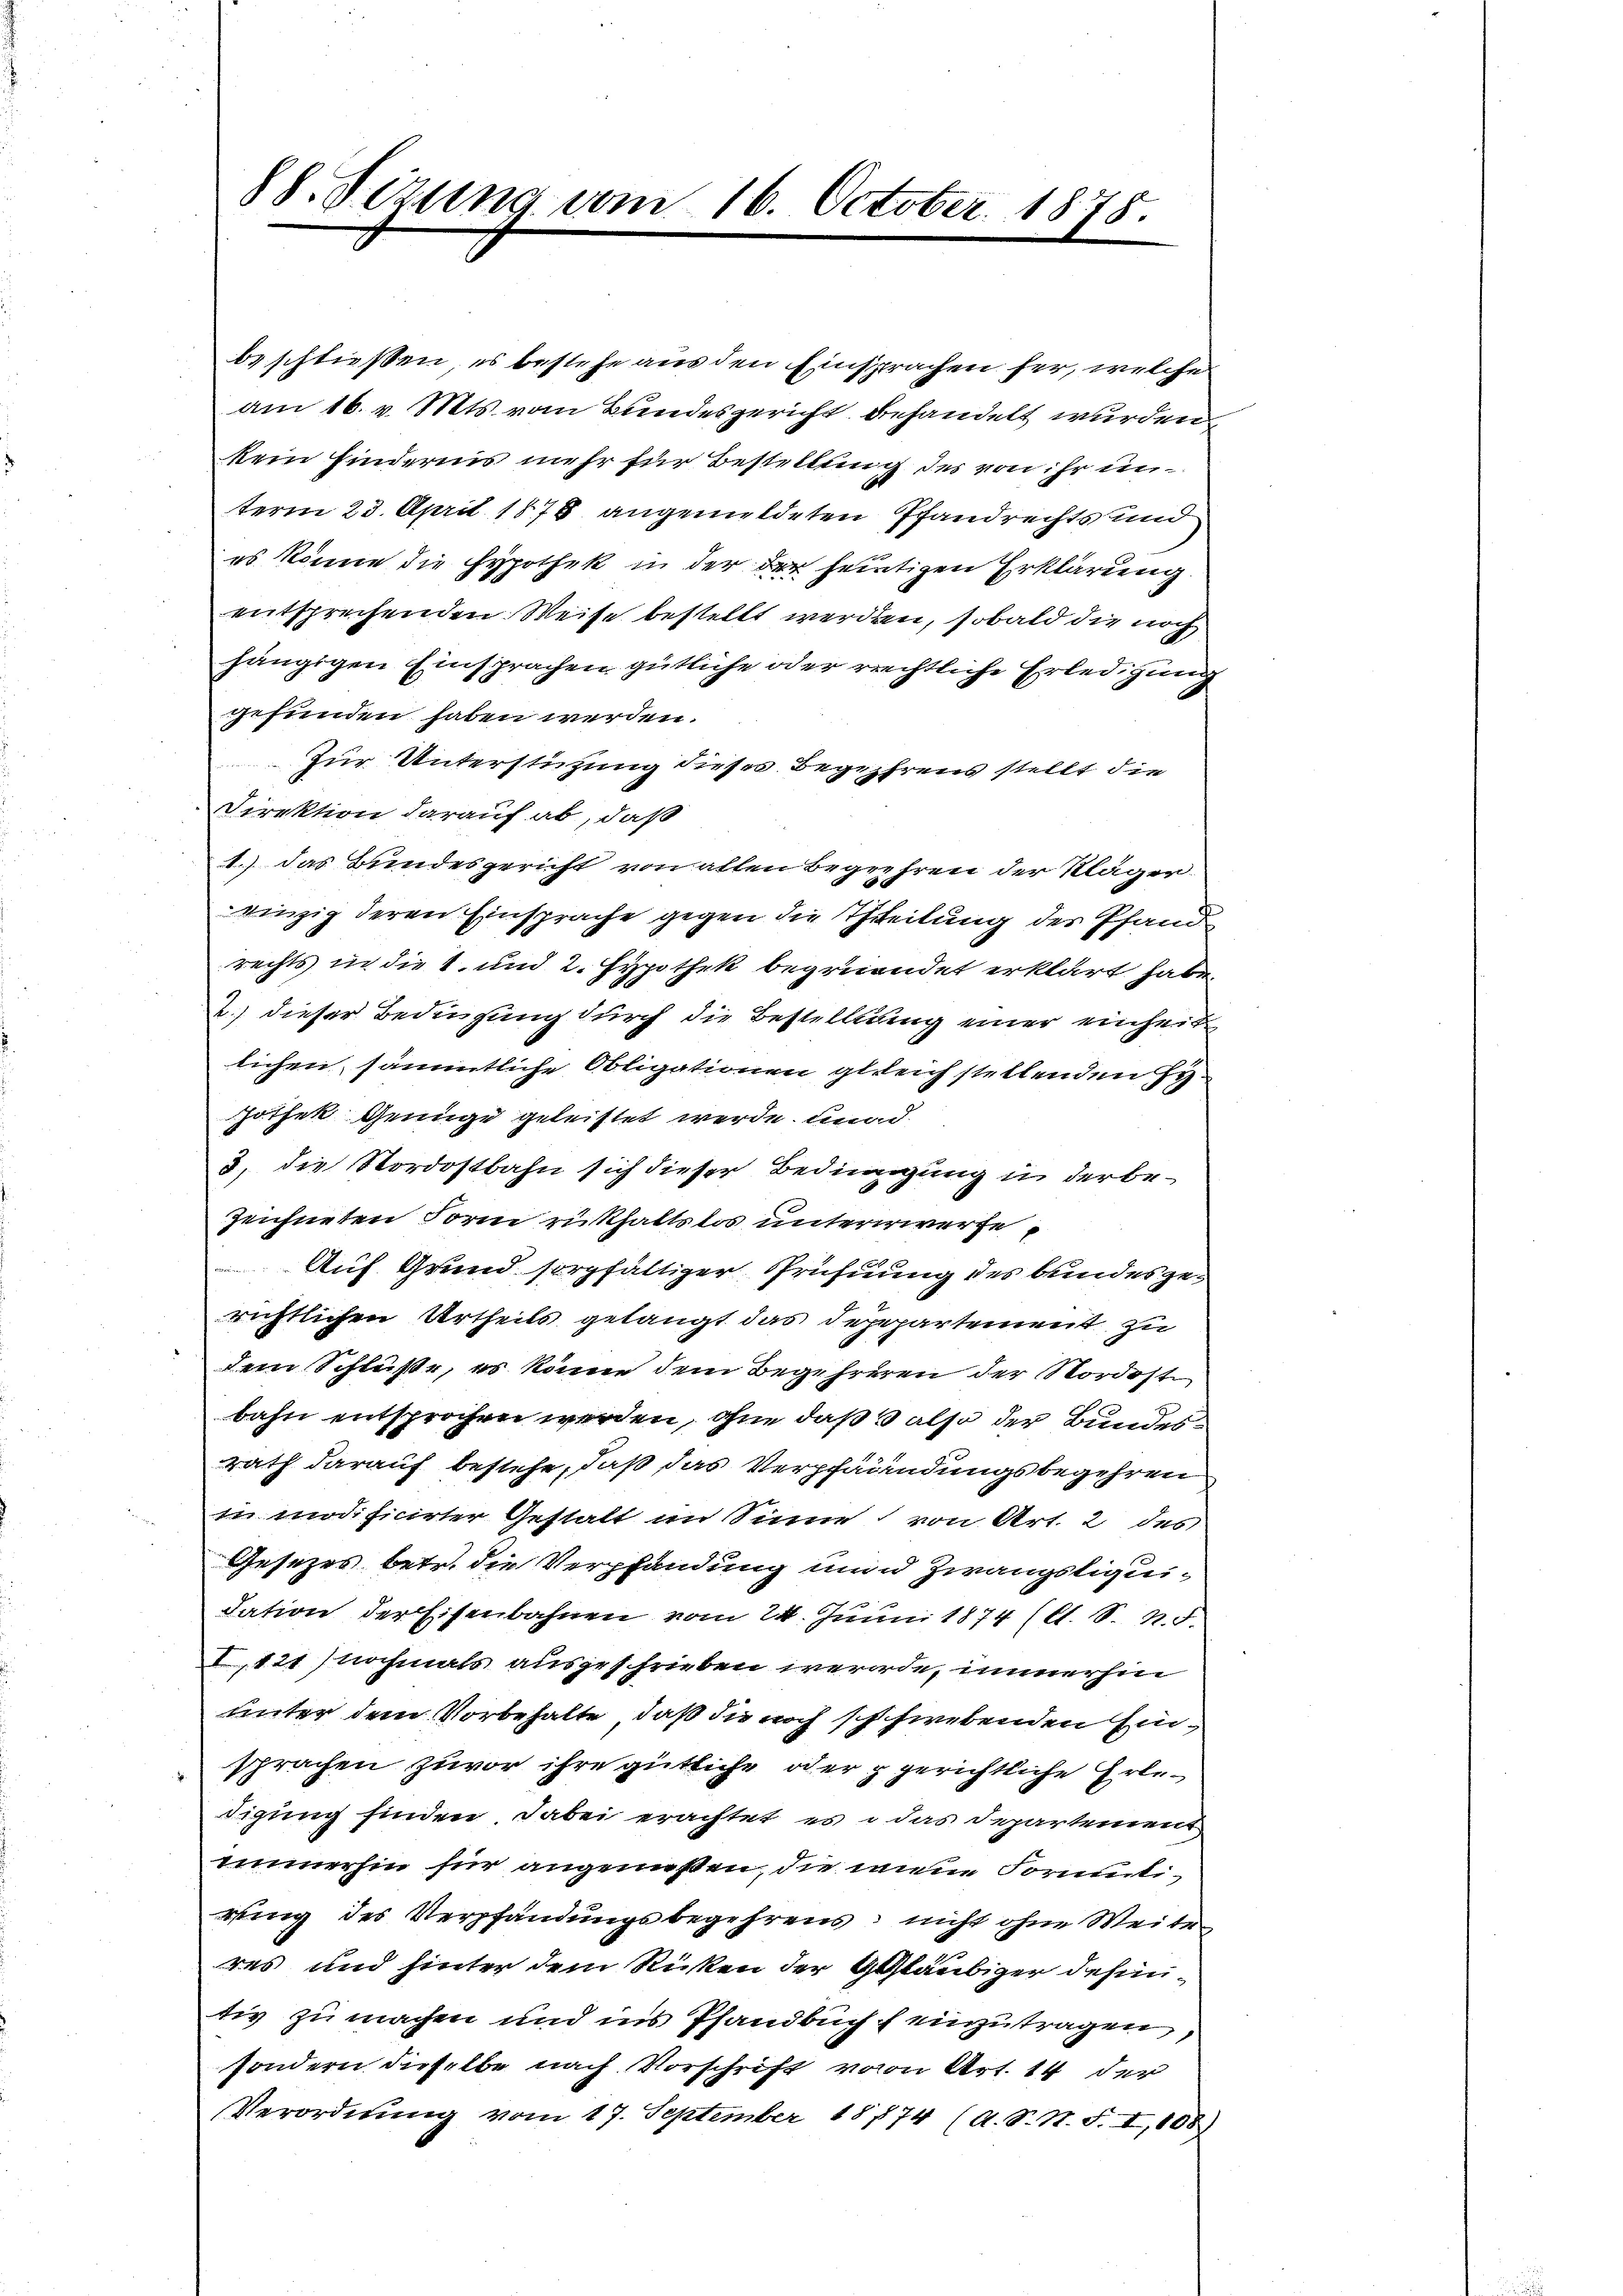
beschließen, es bestehe aus den Einsprachen her, welche
am 16. v. Mts. vom Bundesgericht behandelt wurden,
kein Hindernis mehr für Bestellung des von ihr unterm 23. April 1878 angemeldeten Pfandrechts und
es könne die Hypothek in der der heutigen Erklärung.
entsprechenden Weise bestellt werden, sobald die noch
hängigen Einsprachen gütliche oder rechtliche Erledigung
gefunden haben werden.
Zur Unterstützung dieses Begehrens stellt die
Direktion darauf ab, daß
1.) das Bundesgericht von allen Begehren der Kläger
einzig deren Einsprache gegen die Theilung des Pfand
rechts in die 1. und 2. Hypothek begründet erklärt habe.
2.) dieser Bedingung durch die Bestellung einer einheit
lichen, sämmtliche Obligationen gleich stellenden Hyhothek Genüge geleistet werde, und
3) die Nordostbahn sich dieser Bedingung in der bezeichneten Form rükhaltslos untererwerfe
Auf Grund sorgfaltiger Prüfung des bundesgerichtlichen Urtheils gelangt das Depepartement zu
dem Schlüße, es könne dem Begehreren der Nordost
bahn entsprochen werden, ohne daß also der Bundesrath darauf bestehe, daß das Verpfändungsbegehren
in modificirter Gestalt im Sinne von Art. 2 des
Gesezes betr. die Verpfandung nun Zwangsliquidation der Eisenbahnen vom 24. Juni 1874 (s. S. n. F.
I,121 nochmals ausgeschrieben werde, immerhin
unter dem Vorbehalte, daß die noch schwebenden Einsprachen zuvor ihre gütliche oder gerichtliche Erledigung finden, dabei erachtet es das Departement
immerhin für angenußen, die meine Formatirung des Verpfändungsbegehrens nicht ohne Weite
res und hinter dem Rücken der Gläubiger dahin
tiv zu machen und ins Pfandbuch einzutragen,
sondern dieselbe nach Vorschrift von Art. 14 der
Verordnŭng vom 17. September 18774 (A. S. N. F. I,108)

88. Sezung vom 16. October 1875.